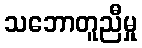
သဘောတူညီမှု